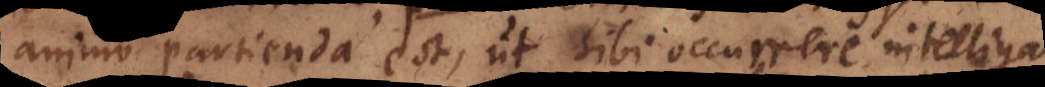
animo partienda est, ut sibi occurrere intelliga